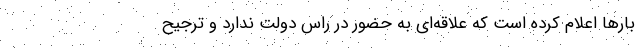
بارها اعلام کرده است که علاقه‌ای به حضور در راس دولت ندارد و ترجیح